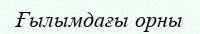
Ғылымдағы орны